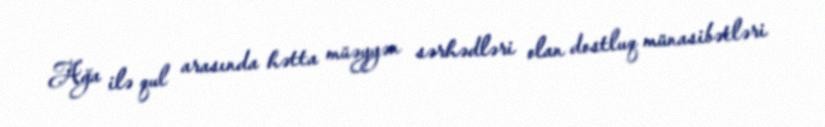
Ağa ilə qul arasında hətta müəyyən sərhədləri olan dostluq münasibətləri